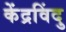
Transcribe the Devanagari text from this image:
केंद्रविंदु